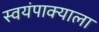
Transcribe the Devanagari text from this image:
स्वयंपाक्याला